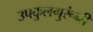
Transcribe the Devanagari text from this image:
उपकुलगुरूंनी